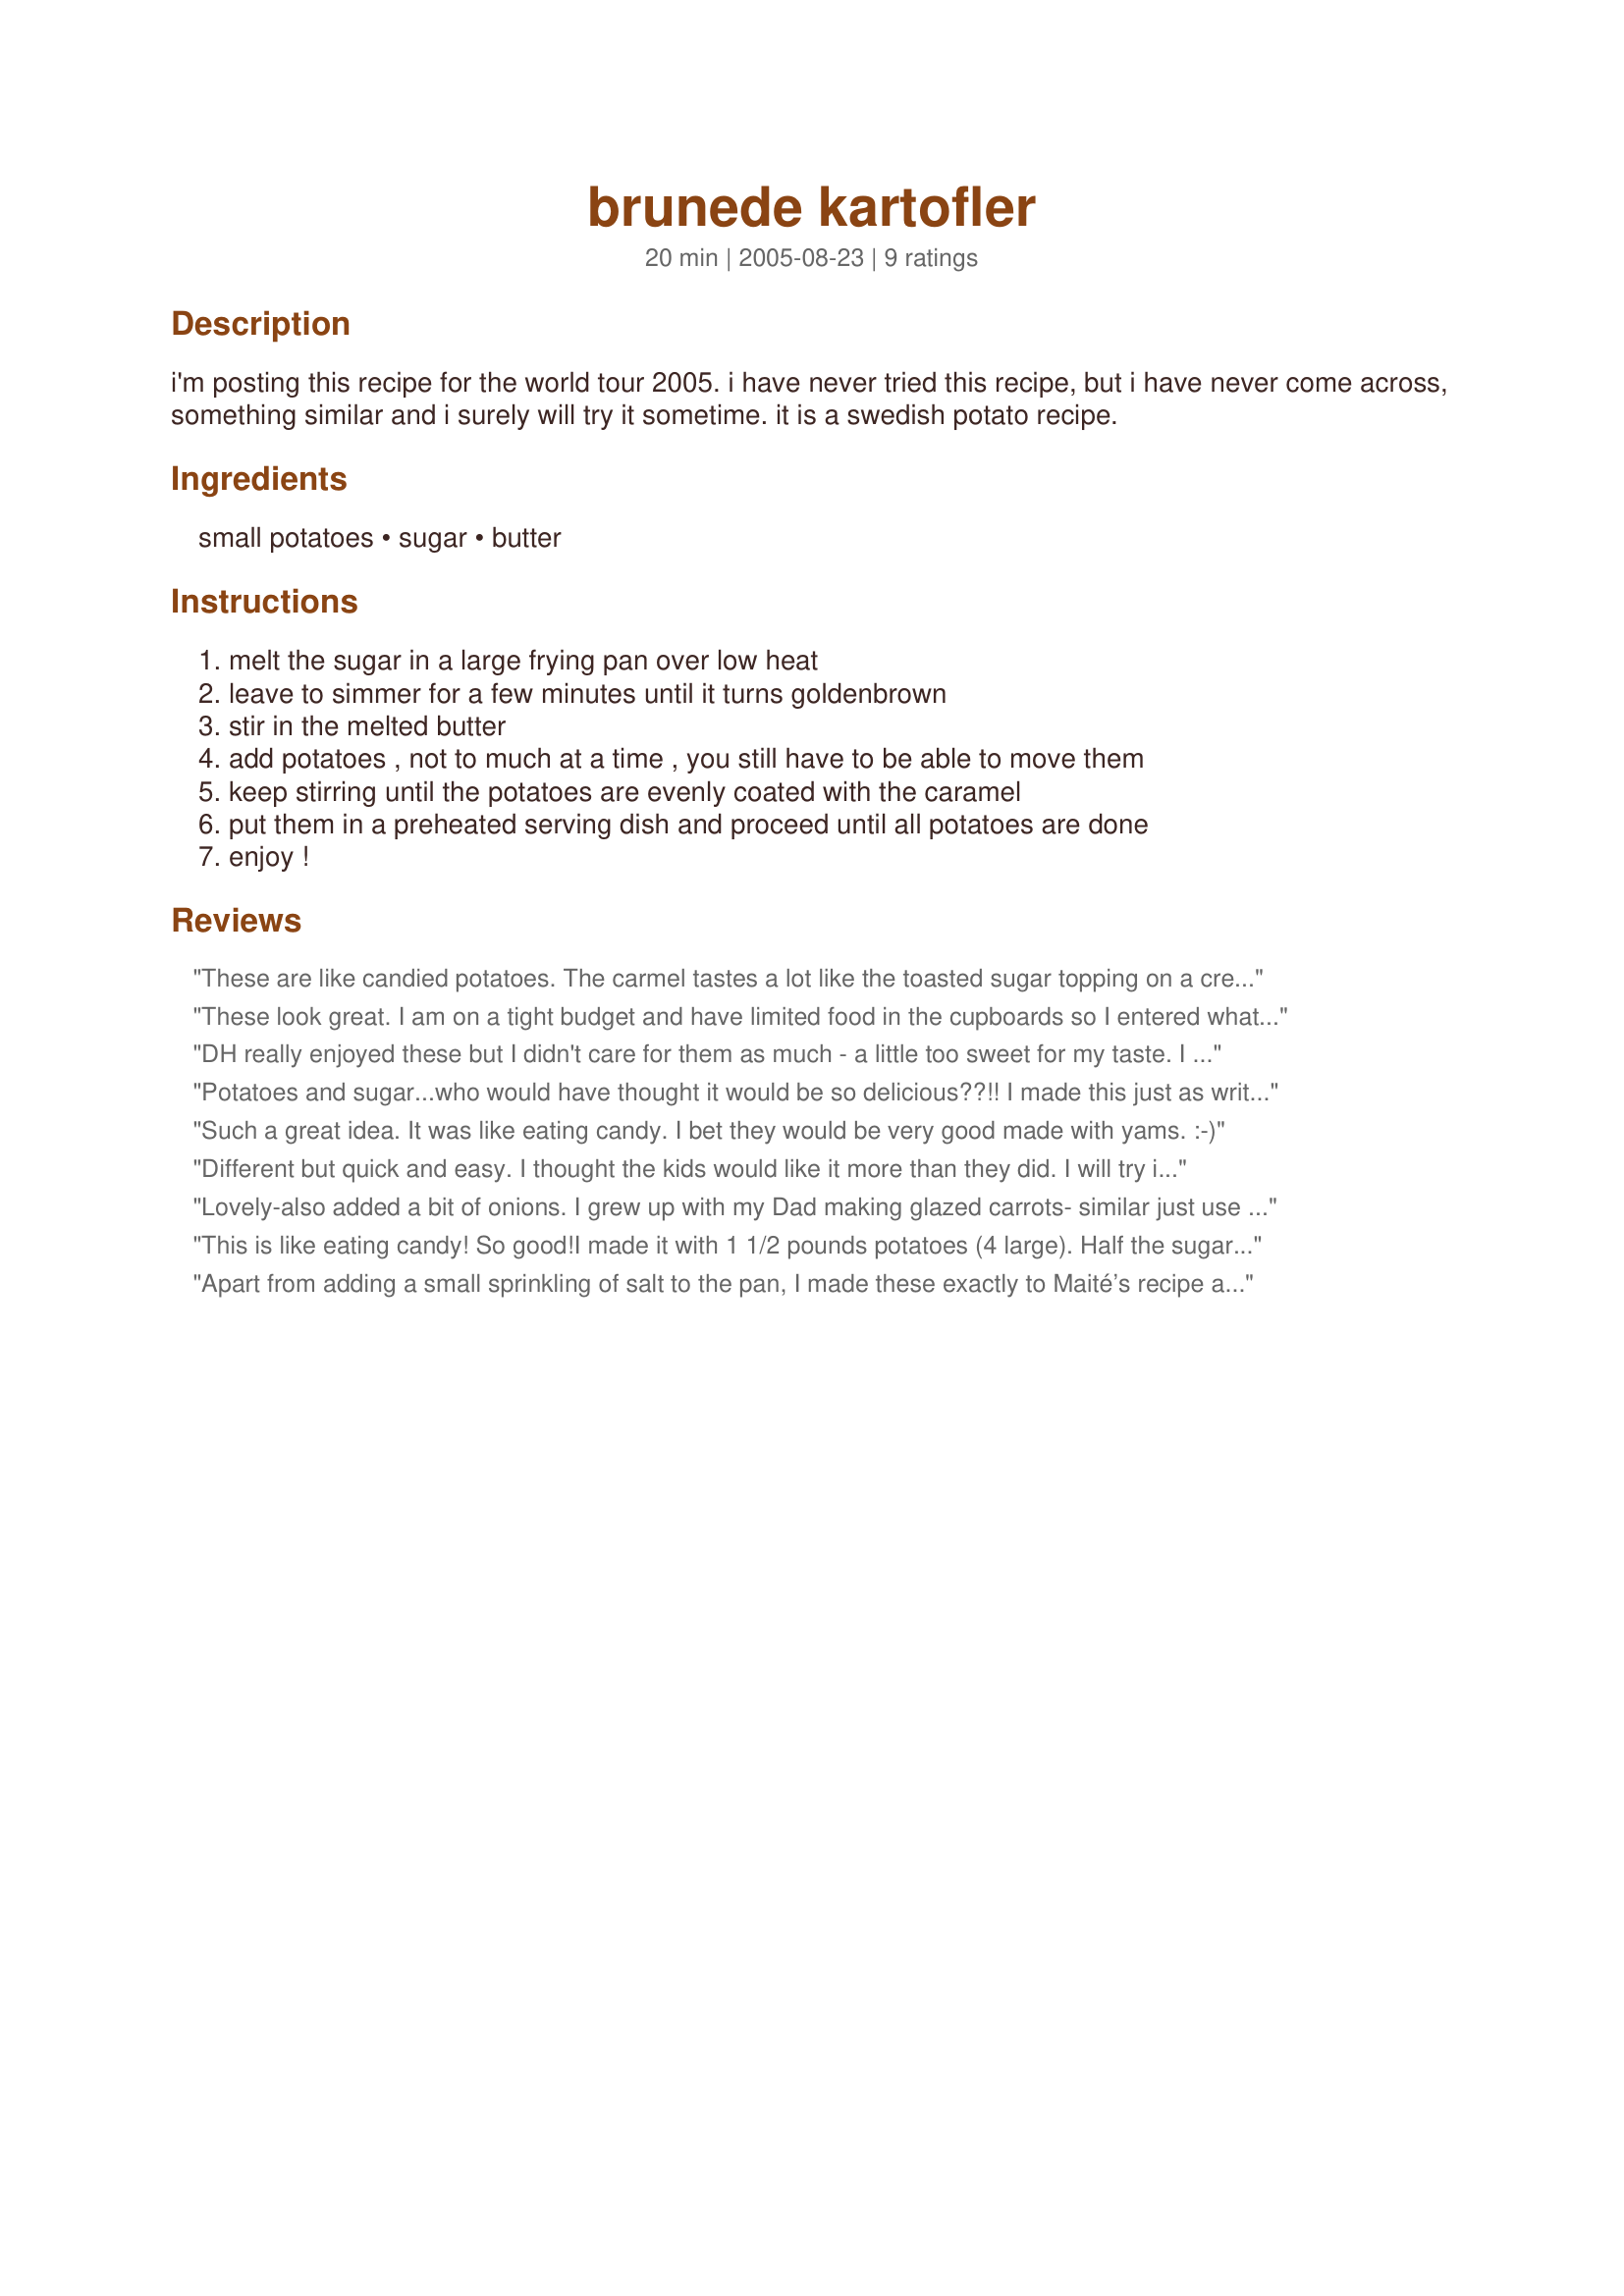
brunede kartofler
Preparation time: 20 minutes

i'm posting this recipe for the world tour 2005. i have never tried this recipe, but i have never come across, something similar and i surely will try it sometime. it is a swedish potato recipe.

Ingredients:
small potatoes, sugar, butter

Steps:
melt the sugar in a large frying pan over low heat, leave to simmer for a few minutes until it turns goldenbrown, stir in the melted butter, add potatoes , not to much at a time , you still have to be able to move them, keep stirring until the potatoes are evenly coated with the caramel, put them in a preheated serving dish and proceed until all potatoes are done, enjoy !

Reviews:
These are like candied potatoes. The carmel tastes a lot like the toasted sugar topping on a creme brule. Great taste, but I think I would like this more with sweet potatoes or carrots. I also want to try this method with pineapple or cooked apples. Lots of possibilities. Thanks for sharing.
These look great. I am on a tight budget and have limited food in the cupboards so I entered what I have into google and these came up. I willl be doing them as soon as I get home and will try adding carots too for a tasty snack to go with the movies I'm watching later. Thank you!
DH really enjoyed these but I didn't care for them as much - a little too sweet for my taste. I think I'd like this method with carrots or sweet potatoes though. Thanks for posting! Made for Food.Commamdos ~ ZWT 7
Potatoes and sugar...who would have thought it would be so delicious??!!
I made this just as written and we loved it.
Thanks for a different and wonderful way to make potatoes!
Such a great idea. It was like eating candy. I bet they would be very good made with yams. :-)
Different but quick and easy. I thought the kids would like it more than they did. I will try it again at a later date with cinnamon added to it. Made for ZWT 7.
Lovely-also added a bit of onions. I grew up with my Dad making glazed carrots- similar just use brown sugar, carrots and sometmes onions,usually not though. Nice spin using the potatoes- I hadn't thought to try them.;) Thank you! I have been looking at a few of your other recipes too!! YUMMY
This is like eating candy! So good!I made it with 1 1/2 pounds potatoes (4 large). Half the sugar and butter. It was nice to have something different! But this is carb city so I won`t be making this unless I start craving carbs. Candy!!!!
Apart from adding a small sprinkling of salt to the pan, I made these exactly to Maité’s recipe and served them with her Scandinavian Cucumber salad recipe #136295 and ncmysteryshopper’s Grilled Salmon With Dilled Mustard Glaze Recipe #133080. A delicious Scandinavian meal made for the 2005 Zaar World Tour. If you haven’t tried potatoes cooked like this and you love potatoes, give them a try! I was serving four, and fortunately anticipated that these would be popular so I made one and a half times the quantity specified in the recipe. Everyone just LOVED them and cleaned up the lot! When making these, be careful to follow Maité’s instructions not to overcrowd the pan so that the potatoes are evenly covered with the caramelised sauce. The only thing I am going to do differently next time is to add some chopped onions. Caramelised onions which everyone is probably far more familiar with than caramelised potatoes would be delicious with these, and make a great side dish for roasted, grilled or BBQd meats. Thank you Maité for such a simple yet scrumptious recipe which I know I’ll be making again and again, because I loved it – and by popular demand!
